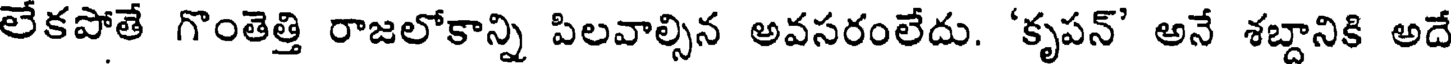
లేకపోతే గొంతెత్తి రాజలోకాన్ని పిలవాల్సిన అవసరంలేదు. 'కృపన్' అనే శబ్దానికి అదే